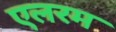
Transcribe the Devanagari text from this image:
एलरम